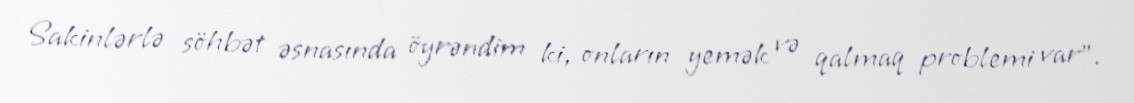
Sakinlərlə söhbət əsnasında öyrəndim ki, onların yemək və qalmaq problemi var”.